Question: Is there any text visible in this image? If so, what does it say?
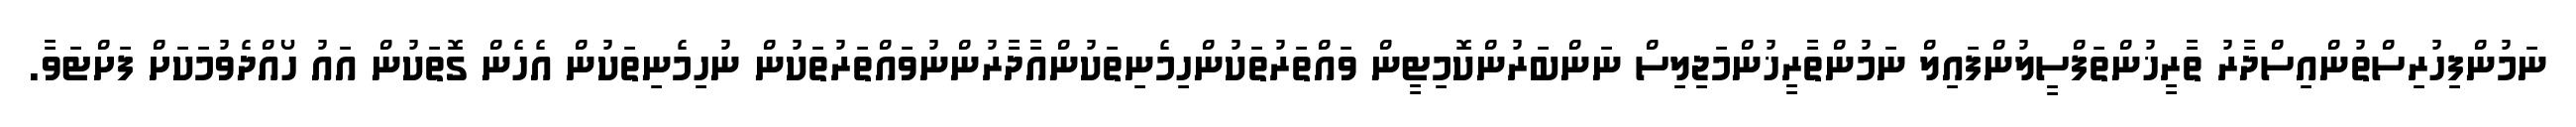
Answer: ނަމުންފިހުރިސްތުންއިސްދާރު ތާރީޚުންތަފްސީލުންފައިލް ނަމުންތާރީޚުންމަޖިލިސް ނަންބަރުންކޮމިޓީން ވައްތަރުތަކުންހިމެނިތަކުންއާދާރުންނުވައްތަރުތަކުން ނުހިމެނިތަކުން އެހެން ގޮތަކުން އައު ހޯއްދެވުމަކަށް ފަށްޓަވާ.